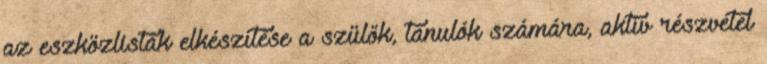
az eszközlisták elkészítése a szülők, tanulók számára, aktív részvétel